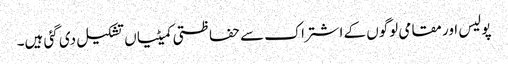
پولیس اور مقامی لوگوں کے اشتراک سے حفاظتی کمیٹیاں تشکیل دی گئی ہیں۔